Annual report of the Punjab Veterinary College and of the Civil Veterinary Department, Punjab - 1920-1925
Year: 1920
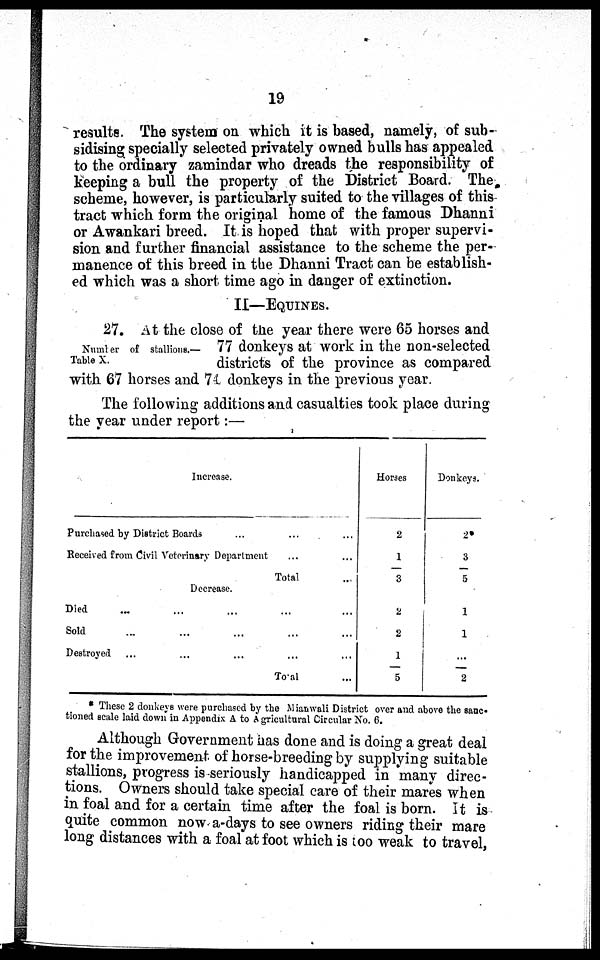
19
results. The system on which it is based, namely, of sub-
sidising specially selected privately owned bulls has appealed
to the ordinary zamindar who dreads the responsibility of
keeping a bull the property of the District Board. The
scheme, however, is particularly suited to the villages of this
tract which form the original home of the famous Dhanni
or Awankari breed. It is hoped that with proper supervi-
sion and further financial assistance to the scheme the per-
manence of this breed in the Dhanni Tract can be establish-
ed which was a short time ago in danger of extinction.
II—EQUINES.
Number of stallions.—
Table X.
27. At the close of the year there were 65 horses and
77 donkeys at work in the non-selected
districts of the province as compared
with 67 horses and 74 donkeys in the previous year.
The following additions and casualties took place during
the year under report:—
Increase.
Purchased by District Boards ... ... ...
Received from Civil Veterinary Department ... ...
Total ...
Decrease.
Died ... ... ... ... ...
Sold ... ... ... ... ...
Destroyed ... ... ... ... ...
Total ...
Horses
2
1
3
2
2
1
5
Donkeys.
2
3
5
1
1
...
2
* These 2 donkeys were purchased by the Mianwali District over and above the sanc-
tioned scale laid down in Appendix A to Agricultural Circular No. 6.
Although Government has done and is doing a great deal
for the improvement of horse-breeding by supplying suitable
stallions, progress is seriously handicapped in many direc-
tions. Owners should take special care of their mares when
in foal and for a certain time after the foal is born. It is
quite common now a-days to see owners riding their mare
long distances with a foal at foot which is too weak to travel,